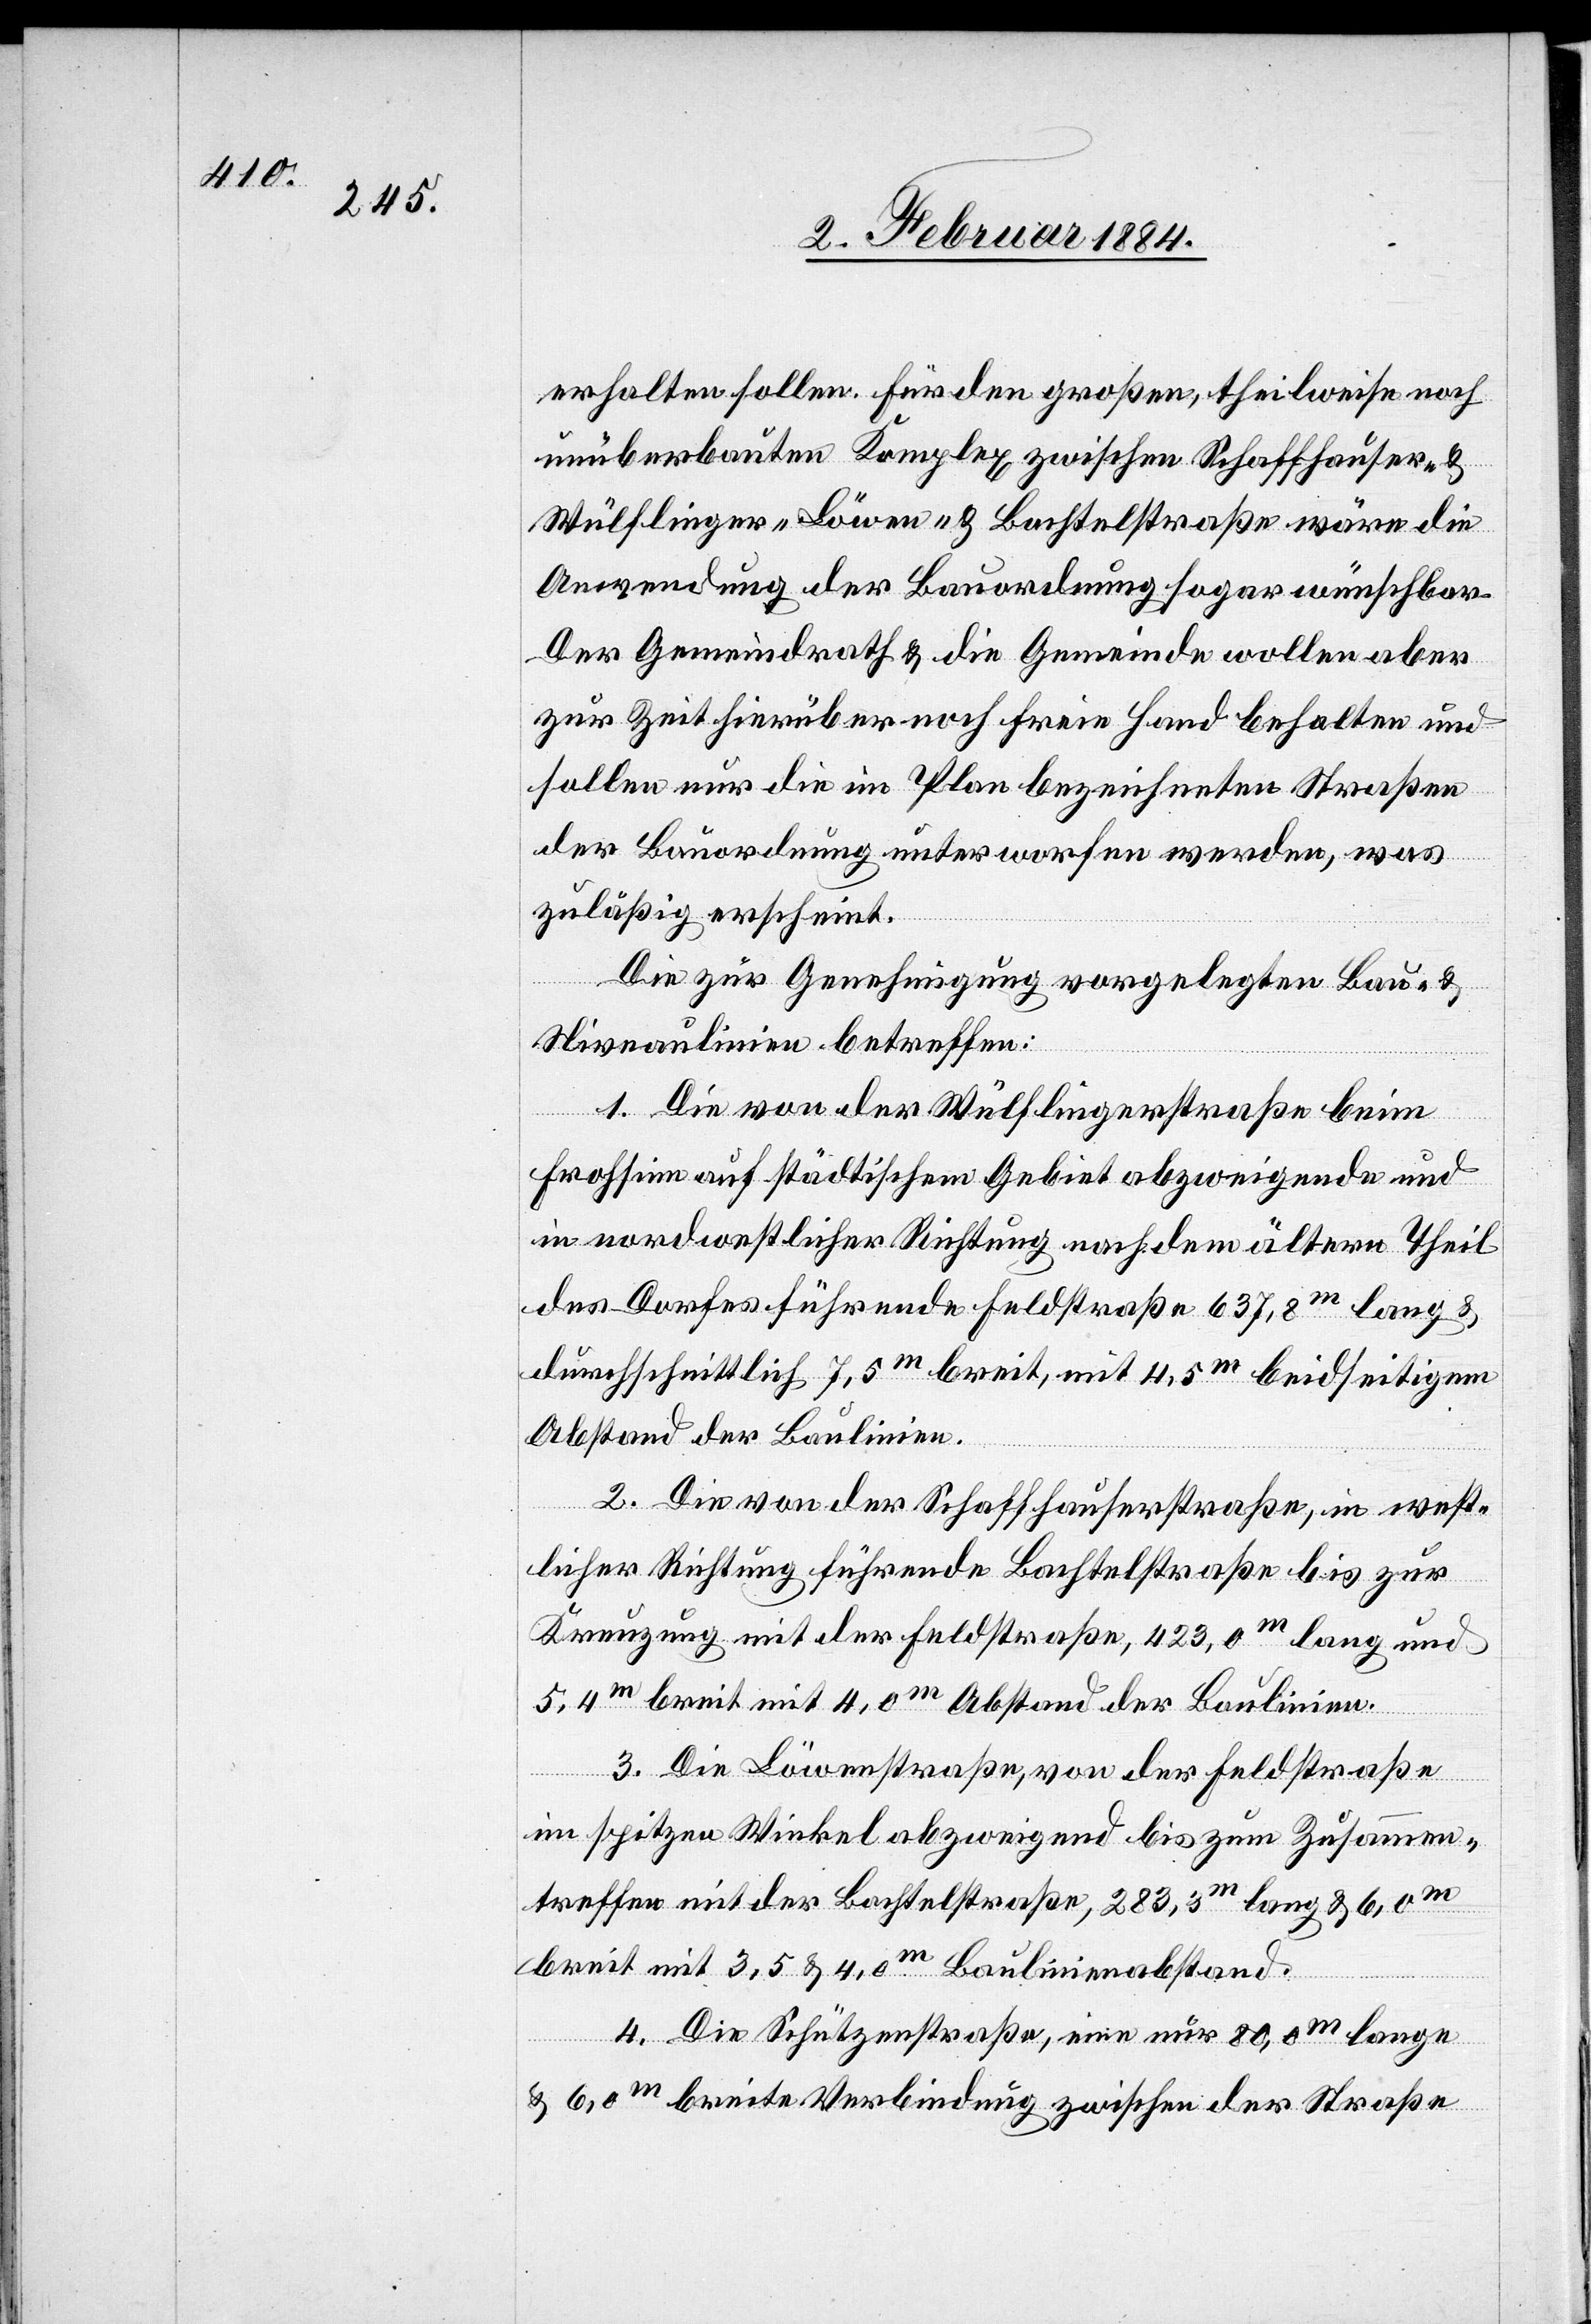
erhalten sollen. Für den großen, theilweise noch
unüberbauten Komplex zwischen Schaffhauser- &
Wülflinger- Löwen- & Bachtelstraße wäre die
Anwendung der Bauordnung sogar wünschbar.
Der Gemeindrath & die Gemeinde wollen aber
zur Zeit hierüber noch freie Hand behalten und
sollen nur die im Plan bezeichneten Straßen
der Bauordnung unterworfen werden, was
zuläßig erscheint.
Die zur Genehmigung vorgelegten Bau- &
Niveaulinien betreffen:
1. Die von der Wülflingerstraße beim
Frohsinn auf städtischem Gebiet abzweigende und
in nordwestlicher Richtung nach dem ältern Theil
des Dorfes führende Feldstraße 637,8m lang &
durchschnittlich 7,5m breit, mit 4,5m beidseitigem
Abstand der Baulinie.
2. Die von der Schaffhauserstraße, in west¬
licher Richtung führende Bachtelstraße bis zur
Kreuzung mit der Feldstraß, 423,0m lang und
5,4m breit mit 4,0m Abstand von der Baulinie.
3. Die Löwenstraße, von der Feldstraße
im spitzen Winkel abzweigend bis zum Zusammen¬
treffen mit der Bachtelstraße, 283,3m lang & 6,0m
breit mit 3,5 & 4,0m Baulinienabstand.
4. Die Schützenstraße, eine nur 80,0m lange
& 6,0m breite Verbindung zwischen der Straße